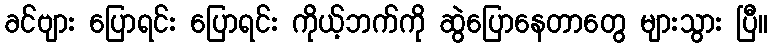
ခင်ဗျား ပြောရင်း ပြောရင်း ကိုယ့်ဘက်ကို ဆွဲပြောနေတာတွေ များသွား ပြီ။